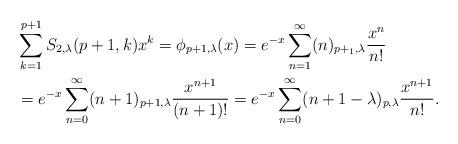
LaTeX: \begin{align*}&\sum_{k=1}^{p+1}S_{2,\lambda}(p+1,k)x^{k}=\phi_{p+1,\lambda}(x)=e^{-x}\sum_{n=1}^{\infty}(n)_{p+_1,\lambda}\frac{x^{n}}{n!} \\&=e^{-x}\sum_{n=0}^{\infty}(n+1)_{p+1,\lambda}\frac{x^{n+1}}{(n+1)!}=e^{-x}\sum_{n=0}^{\infty}(n+1-\lambda)_{p,\lambda}\frac{x^{n+1}}{n!}. \end{align*}